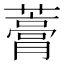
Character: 𧀎